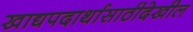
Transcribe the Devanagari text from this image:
खाद्यपदार्थासाठीदेखील